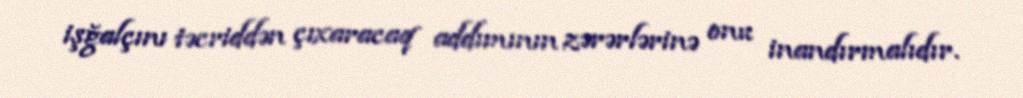
işğalçını təcriddən çıxaracaq addımının zərərlərinə onu inandırmalıdır.